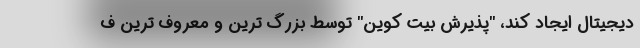
دیجیتال ایجاد کند، "پذیرش بیت کوین" توسط بزرگ ترین و معروف ترین ف